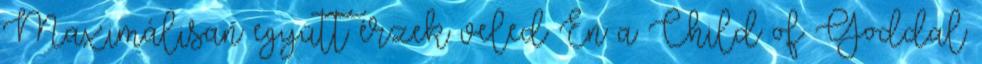
Maximálisan együtt érzek veled Én a Child of Goddal